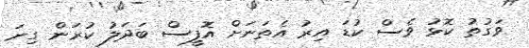
ވަގުތު ކޮޅު ވެސް ކުޑަ އިރު އެތަނަށް އޮފީސް ބަދަލު ކުރަން ގިނަ